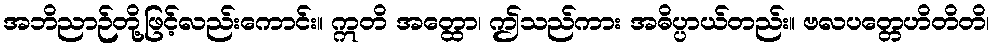
အဘိညာဉ်တို့ဖြင့်လည်းကောင်း။ ဣတိ အတ္ထော၊ ဤသည်ကား အဓိပ္ပာယ်တည်း။ ဗလပတ္တေဟိတိတိ၊